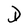
Character: D